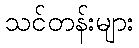
သင်တန်းများ